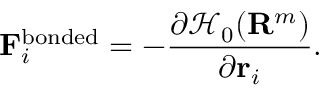
\mathbf { F } _ { i } ^ { \mathrm { b o n d e d } } = - \frac { \partial \mathcal { H } _ { 0 } ( \mathbf { R } ^ { m } ) } { \partial \mathbf { r } _ { i } } .